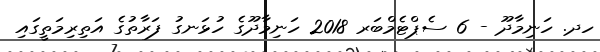
ހދ. ހަނިމާދޫ - 6 ސެޕްޓެމްބަރ 2018 ހަނިމާދޫގެ ހުޅަނގު ފަރާތުގެ އަތިރިމަތީގައި